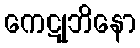
ကေဋုဘိနော